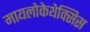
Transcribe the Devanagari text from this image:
मायलोकेथेक्सिस